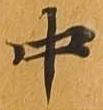
中